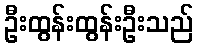
ဦးထွန်းထွန်းဦးသည်